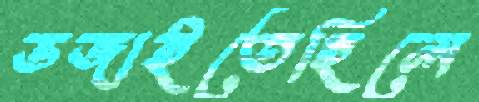
ভজাইতেছিলে